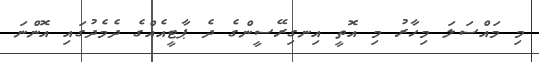
މި މައްސަލަ މިހާރު މި އޮތީ އިނގިރޭސީންގެ ދެ ޕާޓީއެއްގެ ދެމެދުގައި އޮންނަ